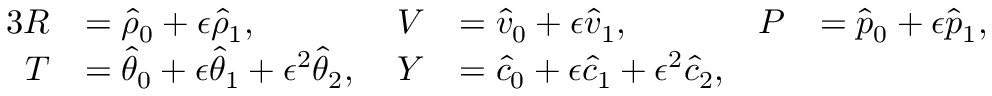
\begin{array} { r l r l r l } { { 3 } R } & { = \hat { \rho } _ { 0 } + \epsilon \hat { \rho } _ { 1 } , } & { V } & { = \hat { v } _ { 0 } + \epsilon \hat { v } _ { 1 } , \; } & { P } & { = \hat { p } _ { 0 } + \epsilon \hat { p } _ { 1 } , } \\ { T } & { = \hat { \theta } _ { 0 } + \epsilon \hat { \theta } _ { 1 } + \epsilon ^ { 2 } \hat { \theta } _ { 2 } , \; } & { Y } & { = \hat { c } _ { 0 } + \epsilon \hat { c } _ { 1 } + \epsilon ^ { 2 } \hat { c } _ { 2 } , } & & { } \end{array}